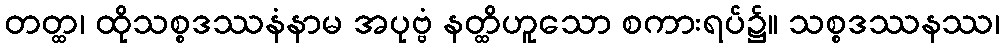
တတ္ထ၊ ထိုသစ္စဒဿနံနာမ အပုဗ္ဗံ နတ္ထိဟူသော စကားရပ်၌။ သစ္စဒဿနဿ၊